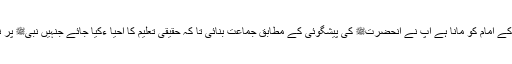
ہم نے وقت کے امام کو مانا ہے آپ نے آنحضرتﷺ کی پیشگوئی کے مطابق جماعت بنائی تا کہ حقیقی تعلیم کا احیا ءکیا جائے جنہیں نبیﷺ پر نازل کیا گیا۔